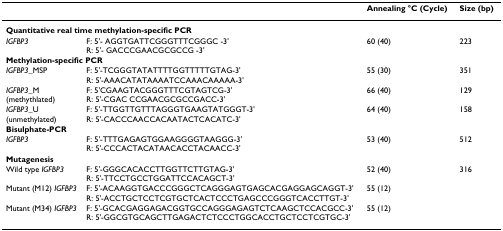
|  |  | Annealing °C (Cycle) | Size (bp) |
 | --- | --- | --- | --- |
 | <COLSPAN=4> Quantitative real time methylation-specific PCR |
 | IGFBP3 | F: 5'- AGGTGATTCGGGTTTCGGGC -3'R: 5'- GACCCGAACGCGCCG -3' | 60 (40) | 223 |
 | <COLSPAN=4> Methylation-specific PCR |
 | IGFBP3_MSP | F: 5'-TCGGGTATATTTTGGTTTTTGTAG-3'R: 5'-AAACATATAAAATCCAAACAAAAA-3' | 55 (30) | 351 |
 | IGFBP3_M(methythlated) | F: 5'CGAAGTACGGGTTTCGTAGTCG-3'R: 5'-CGAC CCGAACGCGCCGACC-3' | 66 (40) | 129 |
 | IGFBP3_U(unmethylated) | F: 5'-TTGGTTGTTTAGGGTGAAGTATGGGT-3'R: 5'-CACCCAACCACAATACTCACATC-3' | 64 (40) | 158 |
 | <COLSPAN=4> Bisulphate-PCR |
 | IGFBP3 | F: 5'-TTTGAGAGTGGAAGGGGTAAGGG-3'R: 5'-CCCACTACATAACACCTACAACC-3' | 53 (40) | 512 |
 | <COLSPAN=4> Mutagenesis |
 | Wild type IGFBP3 | F: 5'-GGGCACACCTTGGTTCTTGTAG-3'R: 5'-TTCCTGCCTGGATTCCACAGCT-3' | 52 (40) | 316 |
 | Mutant (M12) IGFBP3 | F: 5'-ACAAGGTGACCCGGGCTCAGGGAGTGAGCACGAGGAGCAGGT-3'R: 5'-ACCTGCTCCTCGTGCTCACTCCCTGAGCCCGGGTCACCTTGT-3' | 55 (12) |  |
 | Mutant (M34) IGFBP3 | F: 5'-GCACGAGGAGACGGTGCCAGGGAGAGTCTCAAGCTCCACGCC-3'R: 5'-GGCGTGCAGCTTGAGACTCTCCCTGGCACCTGCTCCTCGTGC-3' | 55 (12) |  |